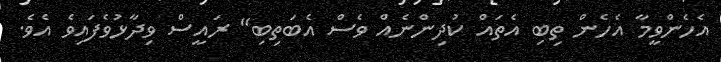
އެހެންވީމާ އެހެން ތިބި އެތައް ކުދިންނެއް ވެސް އެބަތިބި" ރައީސް ވިދާޅުވެފައިވެ އެވެ.